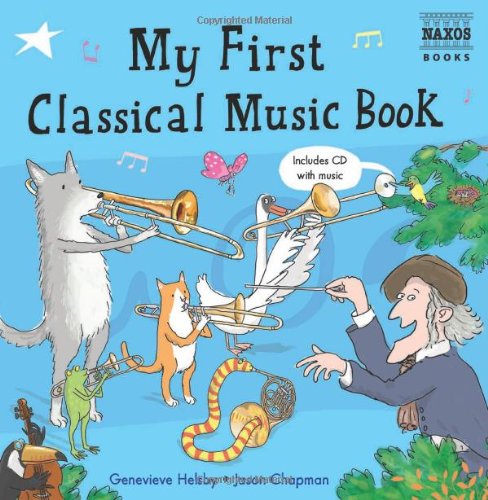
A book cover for My First Classical Music Book; Genevieve Helsby; Children's Books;